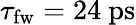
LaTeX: \tau_{\mathrm{{fw}}}=24~\mathrm{ps}